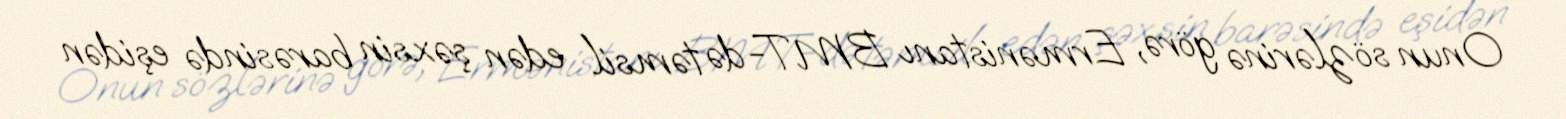
Onun sözlərinə görə, Ermənistanı BMT-də təmsil edən şəxsin barəsində eşidən